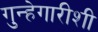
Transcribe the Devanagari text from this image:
गुन्हेगारीशी